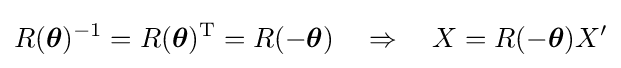
R({\boldsymbol {\theta }})^{-1}=R({\boldsymbol {\theta }})^{\mathrm {T} }=R(-{\boldsymbol {\theta }})\quad \Rightarrow \quad X=R(-{\boldsymbol {\theta }})X'